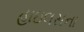
હાઇલસના